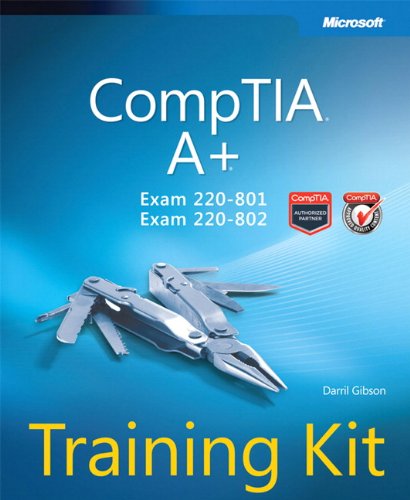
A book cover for CompTIA A+ Training Kit (Exam 220-801 and Exam 220-802) (Microsoft Press Training Kit); Darril Gibson; Computers & Technology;